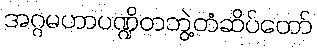
အဂ္ဂမဟာပဏ္ဍိတဘွဲ့တံဆိပ်တော်